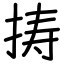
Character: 𢭏